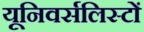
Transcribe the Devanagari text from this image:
यूनिवर्सलिस्टों